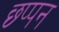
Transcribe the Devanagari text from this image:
छ्प्पन